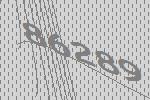
86289